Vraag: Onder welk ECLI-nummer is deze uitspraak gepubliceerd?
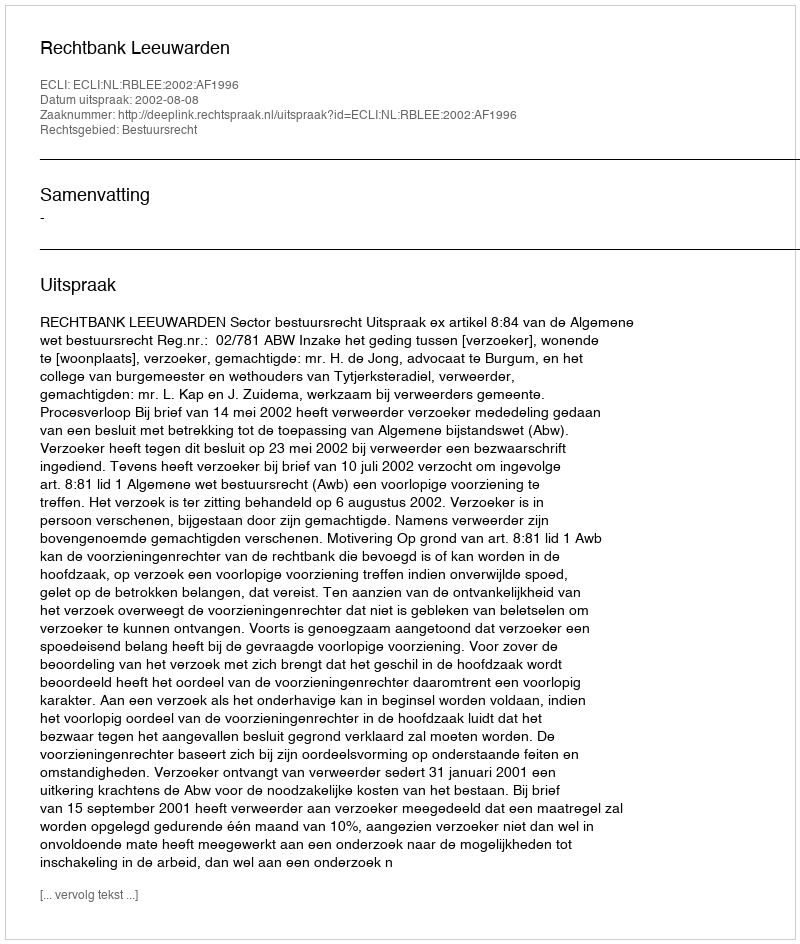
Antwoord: ECLI:NL:RBLEE:2002:AF1996